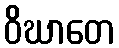
ဝိဃာတေ